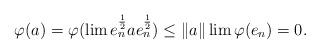
LaTeX: \begin{align*}\varphi(a)=\varphi(\lim e_n^{\frac{1}{2}} a e_n^{\frac{1}{2}}) \leq \|a\| \lim\varphi(e_n) =0. \end{align*}